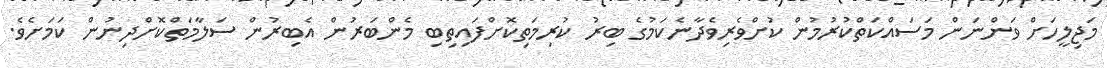
މަޖިލީހަށް ވަންނަން މަސައްކަތްކުރުމުން ކުށްވެރިވެދާނެކަމުގެ ބިރު ކުރިމަތިކޮށްފައިތިބި މެންބަރުން އެބިރުން ސަލާމަތްކޮށްދިނުން ކަމަށެވެ.